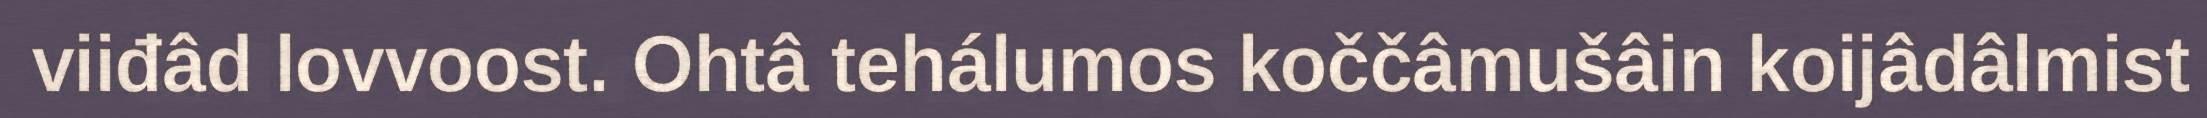
viiđâd lovvoost. Ohtâ tehálumos koččâmušâin koijâdâlmist